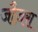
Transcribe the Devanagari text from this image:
जौज़रा